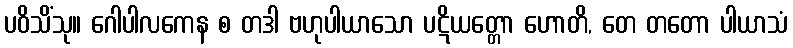
ပဝိသိံသု။ ဂေါပါလကေန စ တဒါ ဗဟုပါယာသော ပဋိယတ္တော ဟောတိ, တေ တတော ပါယာသံ